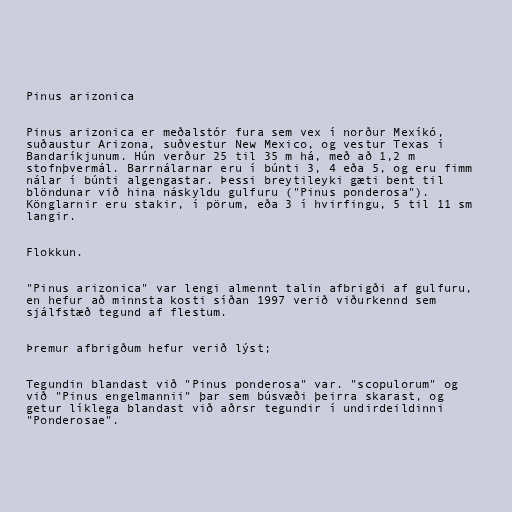
Pinus arizonica

Pinus arizonica er meðalstór fura sem vex í norður Mexíkó,
suðaustur Arizona, suðvestur New Mexico, og vestur Texas í
Bandaríkjunum. Hún verður 25 til 35 m há, með að 1,2 m
stofnþvermál. Barrnálarnar eru í búnti 3, 4 eða 5, og eru fimm
nálar í búnti algengastar. Þessi breytileyki gæti bent til
blöndunar við hina náskyldu gulfuru ("Pinus ponderosa").
Könglarnir eru stakir, í pörum, eða 3 í hvirfingu, 5 til 11 sm
langir.

Flokkun.

"Pinus arizonica" var lengi almennt talin afbrigði af gulfuru,
en hefur að minnsta kosti síðan 1997 verið viðurkennd sem
sjálfstæð tegund af flestum.

Þremur afbrigðum hefur verið lýst;

Tegundin blandast við "Pinus ponderosa" var. "scopulorum" og
við "Pinus engelmannii" þar sem búsvæði þeirra skarast, og
getur líklega blandast við aðrsr tegundir í undirdeildinni
"Ponderosae".